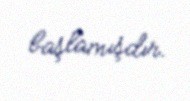
başlamışdır.